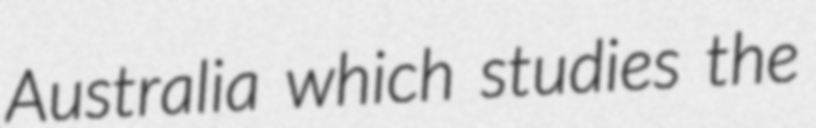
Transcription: Australia which studies the